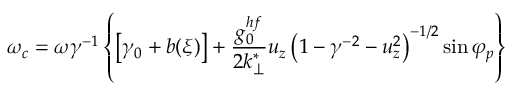
\omega _ { c } = \omega \gamma ^ { - 1 } \left\{ \left[ \gamma _ { 0 } + b ( \xi ) \right] + \frac { g _ { 0 } ^ { h f } } { 2 k _ { \perp } ^ { * } } u _ { z } \left( 1 - \gamma ^ { - 2 } - u _ { z } ^ { 2 } \right) ^ { - 1 / 2 } \sin \varphi _ { p } \right\}